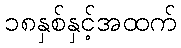
၁၈နှစ်နှင့်အထက်